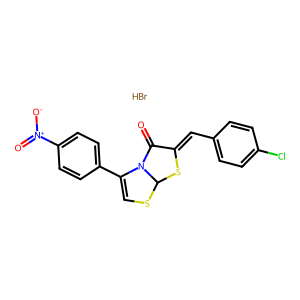
SMILES: Br.O=C1C(=Cc2ccc(Cl)cc2)SC2SC=C(c3ccc([N+](=O)[O-])cc3)N12
Inhibits HIV replication: No